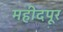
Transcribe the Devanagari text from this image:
महीदपूर